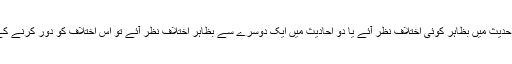
اگر قرآن مجید کی کسی آیت اور کسی حدیث میں بظاہر کوئی اختلاف نظر آئے یا دو احادیث میں ایک دوسرے سے بظاہر اختلاف نظر آئے تو اس اختلاف کو دور کرنے کے لئے کیا طریقہ اختیار کیا جائے گا؟